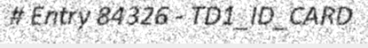
# Entry 84326 - TD1_ID_CARD